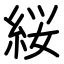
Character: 䋝